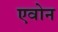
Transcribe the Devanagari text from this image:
एवोन